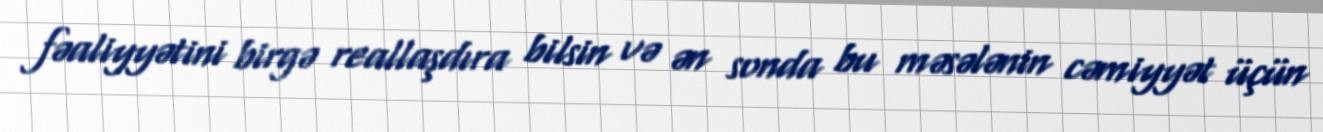
fəaliyyətini birgə reallaşdıra bilsin və ən sonda bu məsələnin cəmiyyət üçün